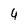
Character: 4